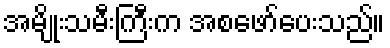
အမျိုးသမီးကြီးက အစဖော်ပေးသည်။